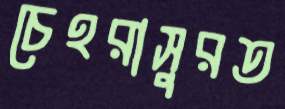
চেহরাসুরত